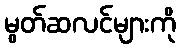
မွတ်ဆလင်များကို